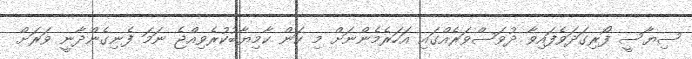
ސިޔާސީ ފޯރިގަދަވެފައިވާ ދުވަސްވަރެއްގައި އަހަރެމެންނަށް މި ކަން ކާމިޔާބުކުރެވިއްޖެ ނަމަ ފެނިގެންދާނީ ވަރަށް